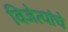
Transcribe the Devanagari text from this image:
विजेत्यांचे